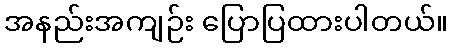
အနည်းအကျဉ်း ပြောပြထားပါတယ်။